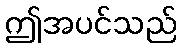
ဤအပင်သည်